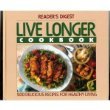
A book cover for Live Longer Cookbook; Reader s Digest Editors; Health, Fitness & Dieting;